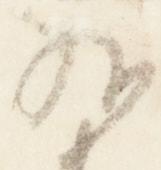
相